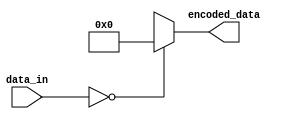
module encoder (
    input [7:0] data_in,
    output reg [3:0] encoded_data
);

always @(*)
begin
    case(data_in)
        8'b00000000: encoded_data = 4'b0000; // Example mapping for input data value 0
        // Add more cases for other input data values and corresponding binary output values
        // Make sure to handle all possible input data values
        default: encoded_data = 4'bxxxx; // Default case for unknown input data values
    endcase
end

endmodule